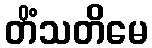
တိံသတိမေ